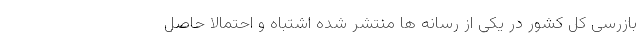
بازرسی کل کشور در یکی از رسانه ها منتشر شده اشتباه و احتمالا حاصل